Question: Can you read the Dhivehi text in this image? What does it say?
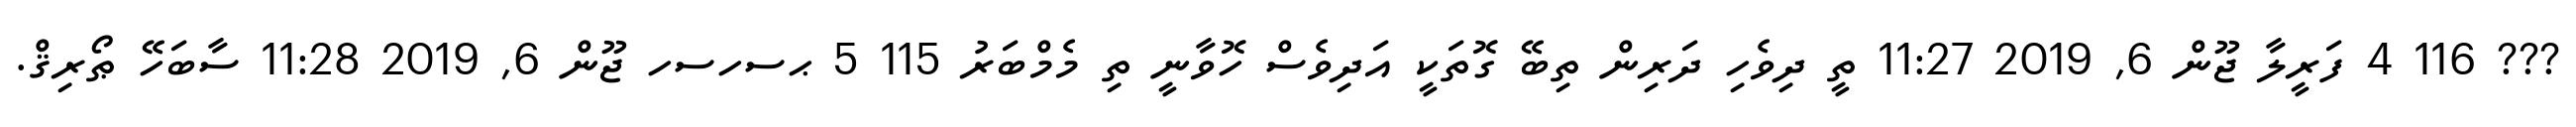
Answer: ??? 116 4 ފަރީލާ ޖޫން 6, 2019 11:27 ތީ ދިވެހި ދަރިން ތިބޭ ގޮތަކީ އަދިވެސް ހޮވާނީ ތި މެމްބަރު 115 5 ޙސހސހ ޖޫން 6, 2019 11:28 ސާބަހޭ ޠޯރިޤް.